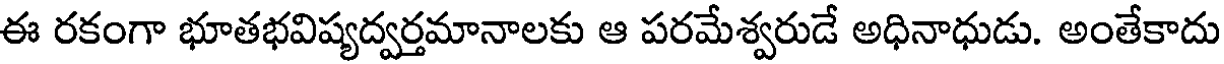
ఈ రకంగా భూతభవిష్యద్వర్తమానాలకు ఆ పరమేశ్వరుడే అధినాధుడు. అంతేకాదు